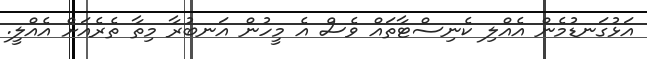
އަޅުގަނޑުމެން އެއްލި ކެނިސްޓާތައް ވެސް އެ މީހުން އަނބުރާ މިތާ ތެރެއަށް އެއްލީ.